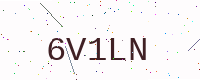
Text: 6V1LN